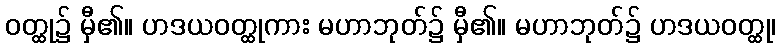
ဝတ္ထု၌ မှီ၏။ ဟဒယဝတ္ထုကား မဟာဘုတ်၌ မှီ၏။ မဟာဘုတ်၌ ဟဒယဝတ္ထု၊